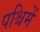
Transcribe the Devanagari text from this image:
पश्चिमें